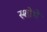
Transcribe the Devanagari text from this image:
स्शोभे